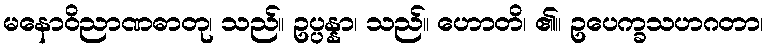
မနောဝိညာဏဓာတု၊ သည်။ ဥပ္ပန္နာ၊ သည်။ ဟောတိ၊ ၏။ ဥပေက္ခသဟဂတာ၊